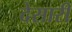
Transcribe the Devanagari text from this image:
देसारी